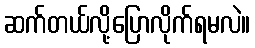
ဆက်တယ်လို့ပြောလိုက်ရမလဲ။